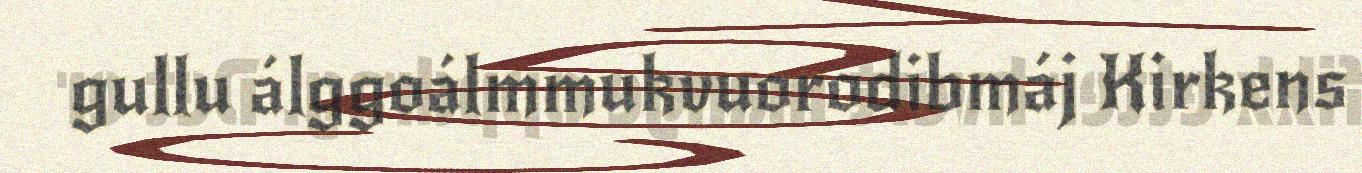
gullu álggoálmmukvuorodibmáj Kirkens